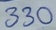
Text: 330